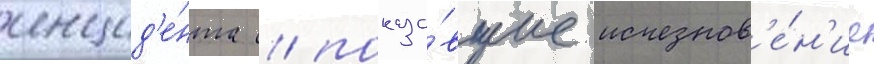
инцид'е́нта / показа́вшие исчезнов'е́н'ие